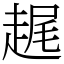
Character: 趘